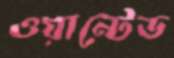
ওয়ান্টেড